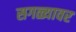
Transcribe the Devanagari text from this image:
सगळ्यावर